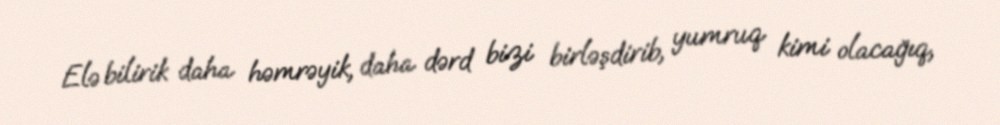
Elə bilirik daha həmrəyik, daha dərd bizi birləşdirib, yumruq kimi olacağıq,